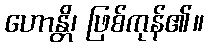
ဟောန္တိ၊ ဖြစ်ကုန်၏။